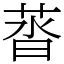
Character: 䓠